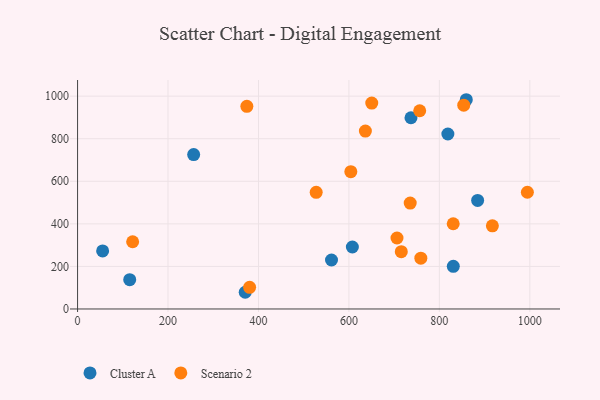
{"axis": {"x": "Distance", "y": "Exam Score"}, "legend": ["Cluster A", "Scenario 2"], "data": [{"x": "737.2", "y": 898.6, "type": "Cluster A"}, {"x": "561.5", "y": 230.2, "type": "Cluster A"}, {"x": "55.4", "y": 272.6, "type": "Cluster A"}, {"x": "818.8", "y": 822.2, "type": "Cluster A"}, {"x": "370.7", "y": 78.5, "type": "Cluster A"}, {"x": "115.3", "y": 137.7, "type": "Cluster A"}, {"x": "256.7", "y": 725.4, "type": "Cluster A"}, {"x": "884.6", "y": 509.9, "type": "Cluster A"}, {"x": "859.5", "y": 983.2, "type": "Cluster A"}, {"x": "607.6", "y": 291.2, "type": "Cluster A"}, {"x": "830.8", "y": 200.5, "type": "Cluster A"}, {"x": "380.4", "y": 101.7, "type": "Scenario 2"}, {"x": "636.4", "y": 836.0, "type": "Scenario 2"}, {"x": "374.3", "y": 952.4, "type": "Scenario 2"}, {"x": "759.0", "y": 238.6, "type": "Scenario 2"}, {"x": "121.8", "y": 315.8, "type": "Scenario 2"}, {"x": "917.2", "y": 390.8, "type": "Scenario 2"}, {"x": "604.2", "y": 645.3, "type": "Scenario 2"}, {"x": "527.6", "y": 548.1, "type": "Scenario 2"}, {"x": "706.3", "y": 333.6, "type": "Scenario 2"}, {"x": "994.6", "y": 548.4, "type": "Scenario 2"}, {"x": "735.5", "y": 497.6, "type": "Scenario 2"}, {"x": "853.9", "y": 957.5, "type": "Scenario 2"}, {"x": "715.8", "y": 269.4, "type": "Scenario 2"}, {"x": "756.5", "y": 931.4, "type": "Scenario 2"}, {"x": "830.6", "y": 400.4, "type": "Scenario 2"}, {"x": "650.5", "y": 967.6, "type": "Scenario 2"}]}